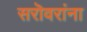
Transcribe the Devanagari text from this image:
सरॊवरांना